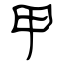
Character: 甲